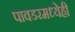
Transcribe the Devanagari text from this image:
पावडरमध्येही